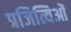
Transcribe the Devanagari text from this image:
प्रजित्यिओं